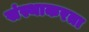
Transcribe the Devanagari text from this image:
संस्थाकरता